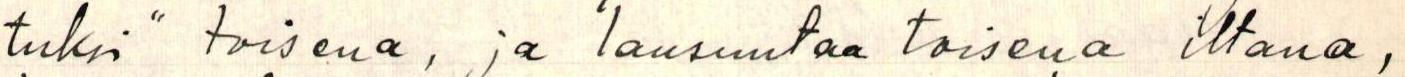
tuksi" toisena, ja lausuntaa toisena iltana,